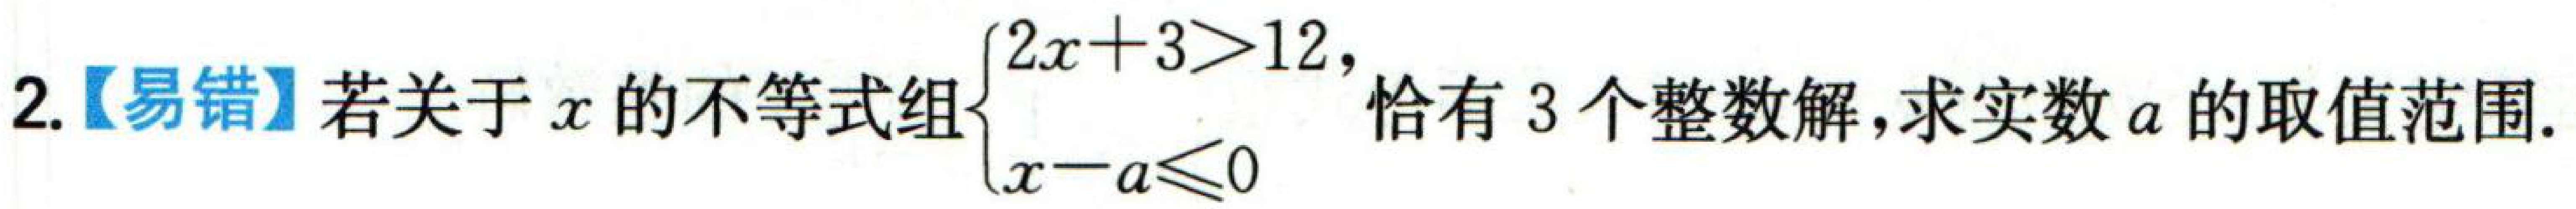
【易错】若关于\(x\)的不等式组\(\begin{cases}2x + 3>12, \\x - a\leqslant0\end{cases}\)恰有\(3\)个整数解，求实数\(a\)的取值范围.